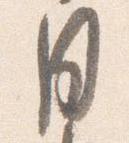
月